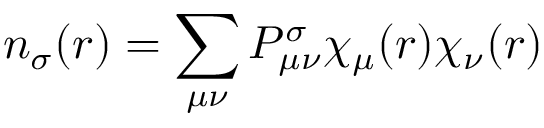
n _ { \sigma } ( r ) = \sum _ { \mu \nu } P _ { \mu \nu } ^ { \sigma } \chi _ { \mu } ( r ) \chi _ { \nu } ( r )